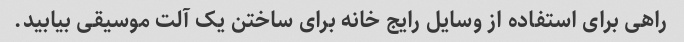
راهی برای استفاده از وسایل رایج خانه برای ساختن یک آلت موسیقی بیابید.